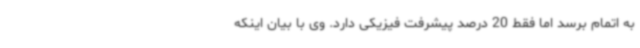
به اتمام برسد اما فقط 20 درصد پیشرفت فیزیکی دارد. وی با بیان اینکه